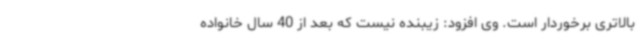
بالاتری برخوردار است. وی افزود: زیبنده نیست که بعد از 40 سال خانواده